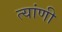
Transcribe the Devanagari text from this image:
त्यांणी